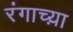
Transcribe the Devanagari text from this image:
रंगाच्य़ा